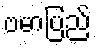
ဗမာပြည်